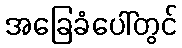
အခြေခံပေါ်တွင်